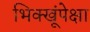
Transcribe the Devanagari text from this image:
भिक्खूंपेक्षा